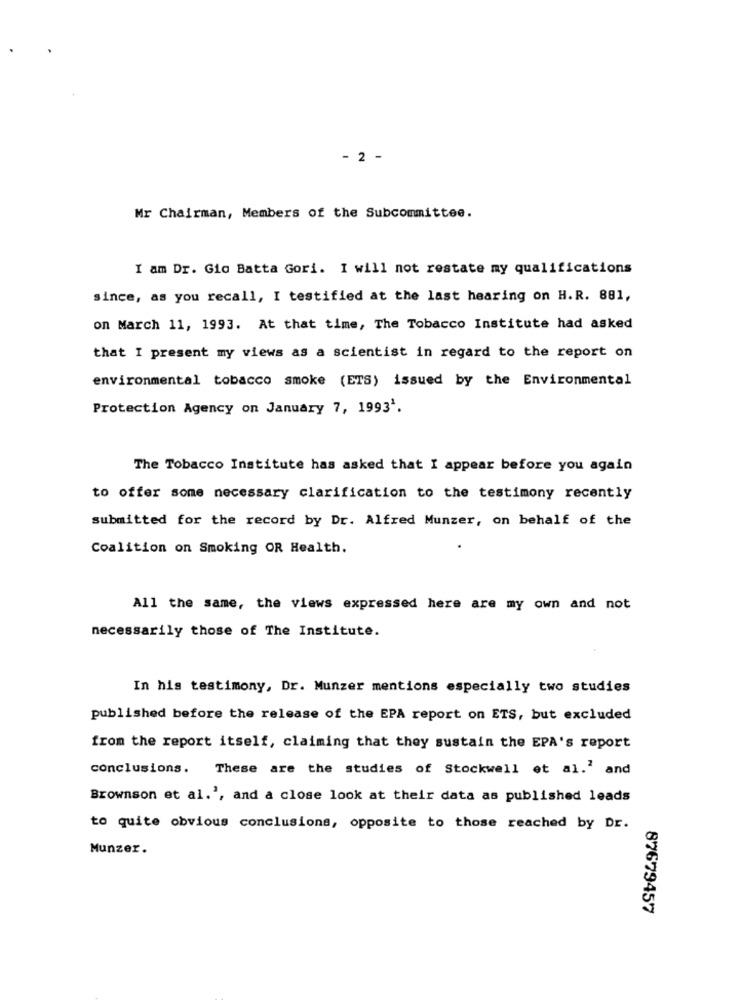
- 2 -
Mr Chairman, Members of the Subcommittee.
I am Dr. Gio Batta Gori. I will not restate my qualifications
since, as you recall, I testified at the last hearing on H.R. 881,
on March 11, 1993. At that time, The Tobacco Institute had asked
that I present my views as a scientist in regard to the report on
environmental tobacco smoke (ETS) issued by the Environmental
Protection Agency on January 7, 19931.
The Tobacco Institute has asked that I appear before you again
to offer some necessary clarification to the testimony recently
submitted for the record by Dr. Alfred Munzer, on behalf of the
Coalition on Smoking OR Health.
All the same, the views expressed here are my own and not
necessarily those of The Institute.
In his testimony, Dr. Munzer mentions especially two studies
published before the release of the EPA report on ETS, but excluded
from the report itself, claiming that they sustain the EPA's report
conclusions. These are the studies of Stockwell et al.' and
Brownson et al.', and a close look at their data as published leads
to quite obvious conclusions, opposite to those reached by Dr.
Munzer.
87679457